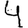
Digit: 4